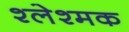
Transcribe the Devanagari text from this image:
श्लेश्मक